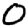
Digit: 0